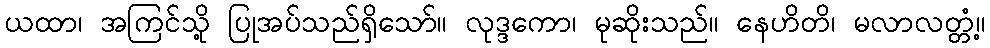
ယထာ၊ အကြင်သို့ ပြုအပ်သည်ရှိသော်။ လုဒ္ဒကော၊ မုဆိုးသည်။ နေဟိတိ၊ မလာလတ္တံ့။